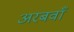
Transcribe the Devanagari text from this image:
अरबवाँ